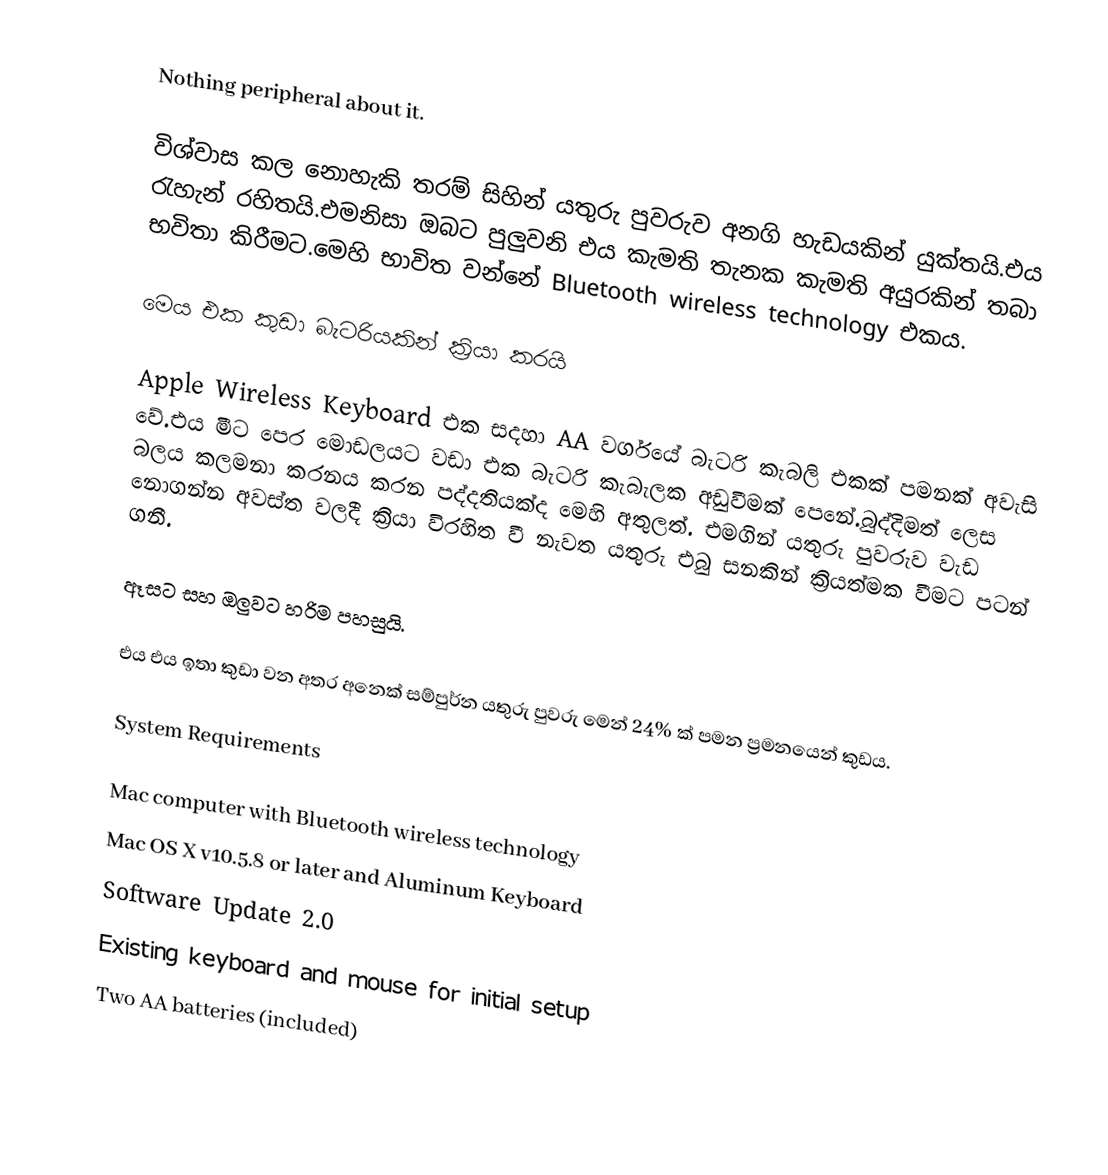
Nothing peripheral about it.

විශ්වාස කල නොහැකි තරම් සිහින් යතුරු පුවරුව අනගි හැඩයකින් යුක්තයි.එය රැහැන් රහිතයි.එමනිසා ඔබට පුලුවනි එය කැමති තැනක කැමති අයුරකින් තබා භවිතා කිරීමට.මෙහි භාවිත වන්නේ Bluetooth wireless technology එකය.

මෙය එක කුඩා බැටරියකින් ක්‍රියා කරයි

Apple Wireless Keyboard එක සදහා AA වර්ගයේ බැටරි කැබලි එකක් පමනක් අවැසි වේ.එය මීට පෙර මොඩලයට වඩා එක බැටරි කැබැලක අඩුවීමක් පෙනේ.බුද්දිමත් ලෙස බලය කලමනා කරනය කරන පද්දතියක්ද මෙහි අතුලත්. එමගින් යතුරු පුවරුව වැඩ නොගන්න අවස්ත වලදී ක්‍රියා විරහිත වී නැවත යතුරු එබු සනකින් ක්‍රියත්මක වීමට පටන් ගනී.

ඈසට සහ ඔලුවට හරිම පහසුයි.

එය එය ඉතා කුඩා වන අතර අනෙක් සම්පුර්න යතුරු පුවරු මෙන් 24% ක් පමන ප්‍රමනයෙන් කුඩය.

System Requirements

 Mac computer with Bluetooth wireless technology
 Mac OS X v10.5.8 or later and Aluminum Keyboard
Software Update 2.0
 Existing keyboard and mouse for initial setup
 Two AA batteries (included)